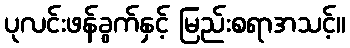
ပုလင်းဖန်ခွက်နှင့် မြည်းစရာအသင့်။